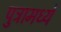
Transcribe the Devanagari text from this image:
पुत्रामध्ये